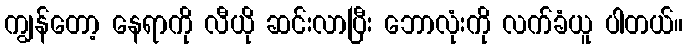
ကျွန်တော့ နေရာကို လီယို ဆင်းလာပြီး ဘောလုံးကို လက်ခံယူ ပါတယ်။